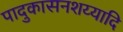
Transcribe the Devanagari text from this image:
पादुकासनशय्यादि